Lunatic asylums Punjab 1881-1894 - 1881-1894
Year: 1881
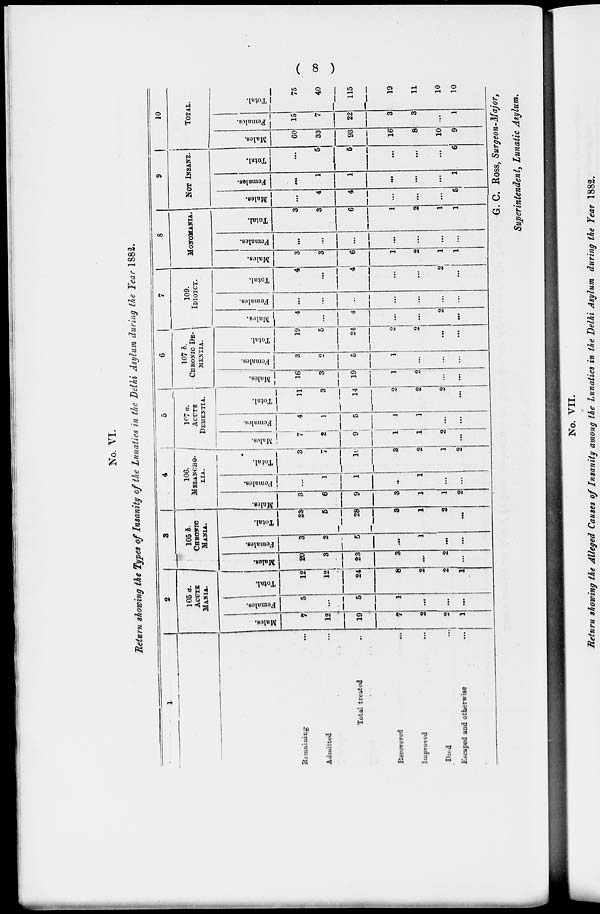
(
8
)
No. VI.
Return showing the Types of Insanity of the Lunatics in the Delhi Asylum during the Year 1882.
1
Remaining
...
Admitted ...
Total treated ...
Recovered ...
Improved
...
Died ...
Escaped and otherwise ...
2
105 a.
ACUTE
MANIA.
Males.
7
12
19
7
2
2
1
Females.
5
...
5
1
...
...
...
Total.
12
12
24
8
2
2
1
3
105 b.
CHRONIC
MANIA.
Males.
20
3
23
3
...
2
...
Females.
3
2
5
...
1
...
...
Total.
23
5
28
3
1
2
...
4
106.
MELANCHO-
LIA.
Males.
3
6
9
3
1
1
2
Females.
1
1
...
1
...
...
Total.
3
7
10
3
2
1
2
5
107 a.
ACUTE
DEMENTIA.
Males.
7
2
9
1
1
2
...
Femles.
4
1
5
1
1
...
...
Total.
11
3
14
2
2
2
...
6
107 5.
CHRONIC DE-
MENTIA.
Males.
16
Si
19
1
2
...
...
Females.
3
2
5
1
...
...
...
Total.
19
5
24
2
2
...
...
7
109.
IDIOTCY.
Males.
4
...
4
...
...
2
...
Females.
...
...
...
...
...
...
Total.
4
...
4
...
...
2
...
8
MONOMANIA.
Males.
3
3
6
1
2
1
1
Females.
...
...
...
...
...
...
Total.
3
3
6
1
2
1
1
9
NOT INSANE.
Males.
...
4
4
...
...
...
5
Females.
...
1
1
...
...
-...
1
Total.
...
5
5
...
...
...
6
10
TOTAL.
Males.
60
33
93
16
8
10
9
Females.
15
7
22
3
3
...
1
Total.
75
40
115
19
11
10
10
G. C. ROSS, Surgeon-Major,
Superintendent, Lunatic Asylum.